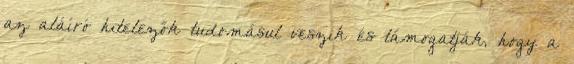
az aláíró hitelezők tudomásul veszik és támogatják, hogy a